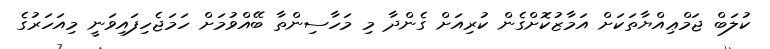
ކުލަބް ޖަމްޢިއްޔާތަކަށް އަމާޒުކޮށްގެން ކުރިއަށް ގެންދާ މި މަހާސިންތާ ބޭއްވުމަށް ހަމަޖެހިފައިވަނީ މިއަހަރުގެ